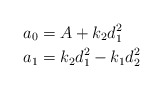
\begin{align*}a_0 & = A + k_2 d_1^2 \\a_1 & = k_2 d_1^2 - k_1 d_2^2\end{align*}